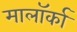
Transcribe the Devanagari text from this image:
मालॉर्का